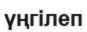
үңгілеп